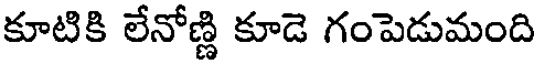
కూటికి లేనోణ్ణి కూడె గంపెడుమంది